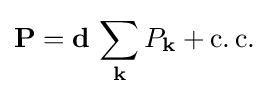
\mathbf {P} =\mathbf {d} \,\sum _{\mathbf {k} }P_{\mathbf {k} }+\operatorname {c.c.} \;